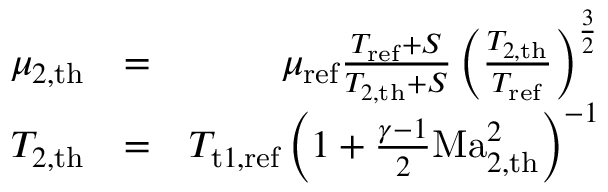
\begin{array} { r l r } { \mu _ { { 2 , \mathrm { t h } } } } & { = } & { \mu _ { \mathrm { r e f } } \frac { T _ { \mathrm { r e f } } + S } { T _ { 2 , \mathrm { t h } } + S } \left( \frac { T _ { 2 , \mathrm { t h } } } { T _ { \mathrm { r e f } } } \right) ^ { \frac 3 2 } } \\ { T _ { { 2 , \mathrm { t h } } } } & { = } & { T _ { \mathrm { t } 1 , \mathrm { r e f } } \left( 1 + \frac { \gamma - 1 } { 2 } \mathrm { M a } _ { 2 , \mathrm { t h } } ^ { 2 } \right) ^ { - 1 } } \end{array}